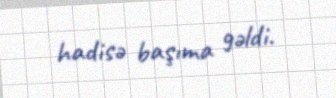
hadisə başıma gəldi.